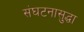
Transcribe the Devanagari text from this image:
संघटनासुद्धा